Indian journal of veterinary science and animal husbandry - Volumes 18-21, 1948-1951
Year: 1948
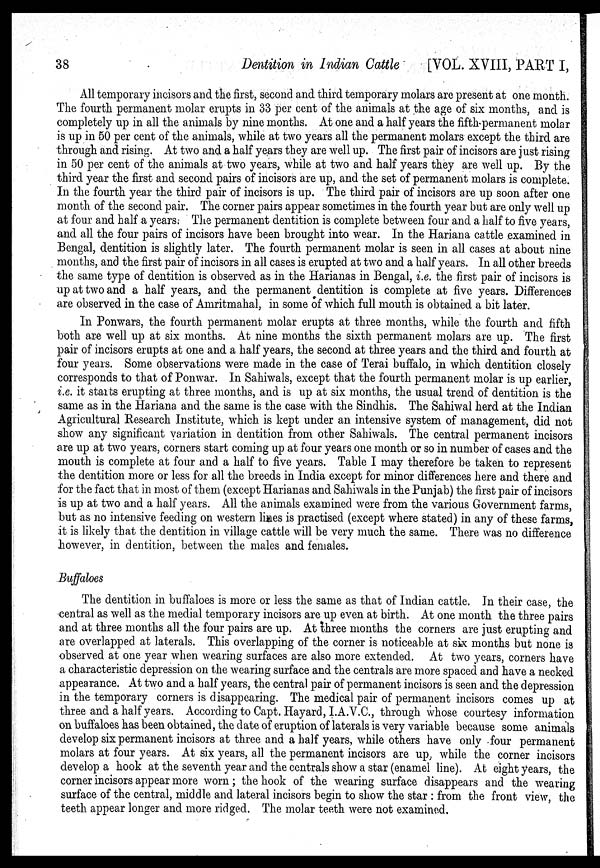
38
Dentition in Indian Cattle
[VOL. XVIII, PART I,
All temporary incisors and the first, second and third temporary molars are present at one month.
The fourth permanent molar erupts in 33 per cent of the animals at the age of six months, and is
completely up in all the animals by nine months. At one and a half years the fifth permanent molar
is up in 50 per cent of the animals, while at two years all the permanent molars except the third are
through and rising. At two and a half years they are well up. The first pair of incisors are just rising
in 50 per cent of the animals at two years, while at two and half years they are well up. By the
third year the first and second pairs of incisors are up, and the set of permanent molars is complete.
In the fourth year the third pair of incisors is up. The third pair of incisors are up soon after one
month of the second pair. The corner pairs appear sometimes in the fourth year but are only well up
at four and half a years. The permanent dentition is complete between four and a half to five years,
and all the four pairs of incisors have been brought into wear. In the Hariana cattle examined in
Bengal, dentition is slightly later. The fourth permanent molar is seen in all cases at about nine
months, and the first pair of incisors in all cases is erupted at two and a half years. In all other breeds
the same type of dentition is observed as in the Harianas in Bengal, i.e. the first pair of incisors is
up at two and a half years, and the permanent dentition is complete at five years. Differences
are observed in the case of Amritmahal, in some of which full mouth is obtained a bit later.
In Ponwars, the fourth permanent molar erupts at three months, while the fourth and fifth
both are well up at six months. At nine months the sixth permanent molars are up. The first
pair of incisors erupts at one and a half years, the second at three years and the third and fourth at
four years. Some observations were made in the case of Terai buffalo, in which dentition closely
corresponds to that of Ponwar. In Sahiwals, except that the fourth permanent molar is up earlier,
i.e. it starts erupting at three months, and is up at six months, the usual trend of dentition is the
same as in the Hariana and the same is the case with the Sindhis. The Sahiwal herd at the Indian
Agricultural Research Institute, which is kept under an intensive system of management, did not
show any significant variation in dentition from other Sahiwals. The central permanent incisors
are up at two years, corners start coming up at four years one month or so in number of cases and the
mouth is complete at four and a half to five years. Table I may therefore be taken to represent
the dentition more or less for all the breeds in India except for minor differences here and there and
for the fact that in most of them (except Harianas and Sahiwals in the Punjab) the first pair of incisors
is up at two and a half years. All the animals examined were from the various Government farms,
but as no intensive feeding on western lines is practised (except where stated) in any of these farms,
it is likely that the dentition in village cattle will be very much the same. There was no difference
however, in dentition, between the males and females.
Buffaloes
The dentition in buffaloes is more or less the same as that of Indian cattle. In their case, the
central as well as the medial temporary incisors are up even at birth. At one month the three pairs
and at three months all the four pairs are up. At three months the corners are just erupting and
are overlapped at laterals. This overlapping of the corner is noticeable at six months but none is
observed at one year when wearing surfaces are also more extended. At two years, corners have
a characteristic depression on the wearing surface and the centrals are more spaced and have a necked
appearance. At two and a half years, the central pair of permanent incisors is seen and the depression
in the temporary corners is disappearing. The medical pair of permanent incisors comes up at
three and a half years. According to Capt. Hayard, I.A.V.C., through whose courtesy information
on buffaloes has been obtained, the date of eruption of laterals is very variable because some animals
develop six permanent incisors at three and a half years, while others have only four permanent
molars at four years. At six years, all the permanent incisors are up while the corner incisors
develop a hook at the seventh year and the centrals show a star (enamel line). At eight years, the
corner incisors appear more worn ; the hook of the wearing surface disappears and the wearing
surface of the central, middle and lateral incisors begin to show the star : from the front view, the
teeth appear longer and more ridged. The molar teeth were not examined.